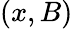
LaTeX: (x,B)